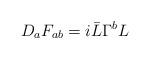
LaTeX: \begin{align*}D_aF_{ab} = i\bar{L}\Gamma^bL\end{align*}